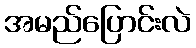
အမည်ပြောင်းလဲ